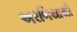
અરબિયાથી